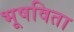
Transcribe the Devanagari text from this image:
भूषविता